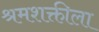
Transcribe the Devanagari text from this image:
श्रमशक्तीला